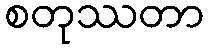
စတုဿတာ